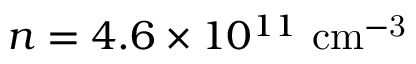
n = 4 . 6 \times 1 0 ^ { 1 1 } ~ \mathrm { { c m ^ { - 3 } } }